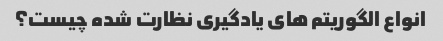
انواع الگوریتم های یادگیری نظارت شده چیست؟